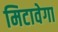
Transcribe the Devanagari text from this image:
मिटावेगा